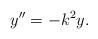
LaTeX: \begin{align*} y'' = -k^{2} y.\end{align*}